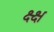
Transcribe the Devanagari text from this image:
क्ष्क्ष